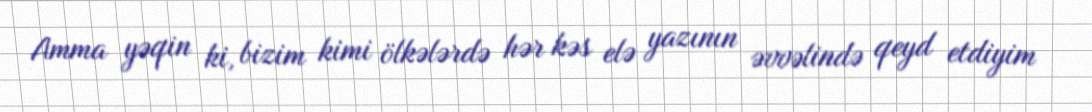
Amma yəqin ki, bizim kimi ölkələrdə hər kəs elə yazının əvvəlində qeyd etdiyim